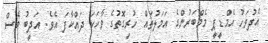
އެދުވަހު އެމްޑީޕީ މެމްބަރުންގެ އަމަލުތައް ހުރިގޮތުގެ ވާހަކަ ދައްކާފަ އެވެ. އަދީބު ވެސް